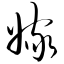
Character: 嫁